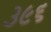
૩૯૬